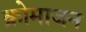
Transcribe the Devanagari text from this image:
क्रोमाजन